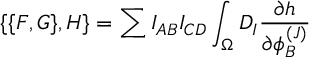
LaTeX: \{ \{ F , G \} , H \} = \sum I _ { A B } I _ { C D } \int _ { \Omega } D _ { I } { \frac { \partial h } { \partial \phi _ { B } ^ { ( J ) } } }